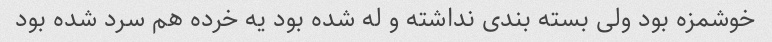
خوشمزه بود ولی بسته بندی نداشته و له شده بود یه خرده هم سرد شده بود